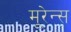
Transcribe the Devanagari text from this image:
मूरेन्स